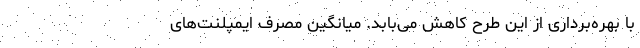
با بهره­برداری از این طرح کاهش می­بابد. میانگین مصرف ایمپلنت­های